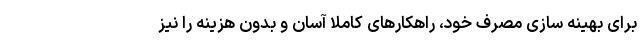
برای بهینه سازی مصرف خود، راهکار‌های کاملا آسان و بدون هزینه را نیز